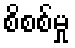
စိစစ်မှု